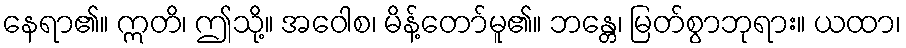
နေရာ၏။ ဣတိ၊ ဤသို့။ အဝေါစ၊ မိန့်တော်မူ၏။ ဘန္တေ၊ မြတ်စွာဘုရား။ ယထာ၊